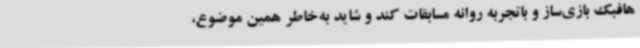
هافبک بازی‌ساز و باتجربه روانه مسابقات کند و شاید به‌خاطر همین موضوع،